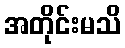
အတိုင်းမသိ